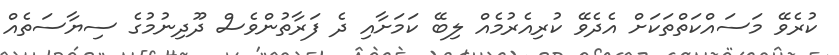
ކުރެވޭ މަސައްކަތްތަކަށް އެދެވޭ ކުރިއެރުމެއް ލިބޭ ކަމަށާއި ދެ ފަރާތުންވެސް ދޫދިނުމުގެ ސިޔާސަތެއް